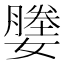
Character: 𫲀